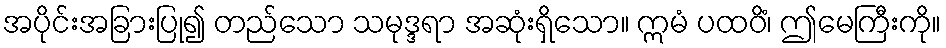
အပိုင်းအခြားပြု၍ တည်သော သမုဒ္ဒရာ အဆုံးရှိသော။ ဣမံ ပထဝိံ၊ ဤမေကြီးကို။